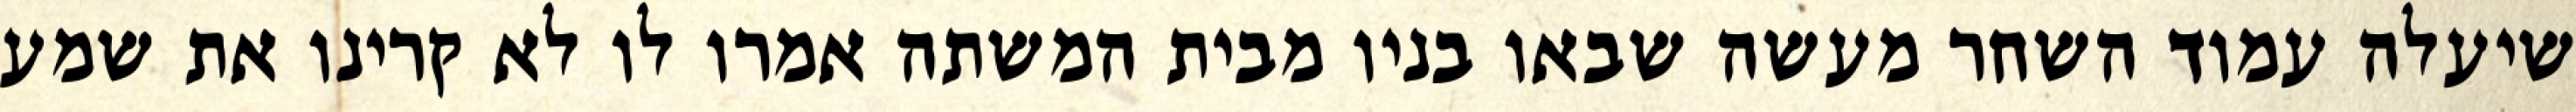
שיעלה עמוד השחר מעשה שבאו בניו מבית המשתה אמרו לו לא קרינו את שמע